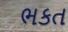
ભકત